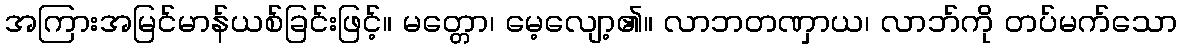
အကြားအမြင်မာန်ယစ်ခြင်းဖြင့်။ မတ္တော၊ မေ့လျော့၏။ လာဘတဏှာယ၊ လာဘ်ကို တပ်မက်သော